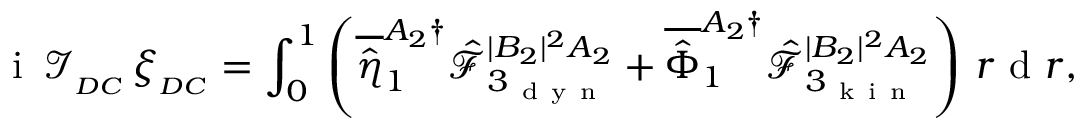
\mathrm { ~ i ~ } \, \mathcal { I } _ { _ { D C } } \, \xi _ { _ { D C } } = \int _ { 0 } ^ { 1 } \left( \overline { { \hat { \eta } } } _ { 1 } ^ { A _ { 2 } \dagger } \hat { \mathcal { F } } _ { 3 _ { \mathrm { ~ d ~ y ~ n ~ } } } ^ { | B _ { 2 } | ^ { 2 } A _ { 2 } } + \overline { { \hat { \Phi } } } _ { 1 } ^ { A _ { 2 } \dagger } \hat { \mathcal { F } } _ { 3 _ { \mathrm { ~ k ~ i ~ n ~ } } } ^ { | B _ { 2 } | ^ { 2 } A _ { 2 } } \right) \, r \mathrm { ~ d ~ } r ,